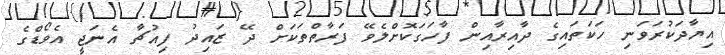
އިޔާދަކުރަވަނި ހަކަތައިގެ ދާއިރާއިން ފާހަގަކޮށްލެވޭ ފަރާތްތަކަށް ދޭ ޒައިދު ފިއުޗާ އެނަޖީ އެވޯޑްގެ